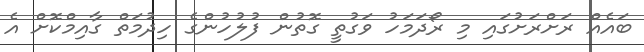
ބައެއް ރަށްރަށުގައި މި ރޯދަމަހު ވަގުތީ ގޮތުން ފުލުހުންގެ ހިދުމަތް ގާއިމްކޮށް އެ